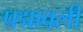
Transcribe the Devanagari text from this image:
पद्मावली